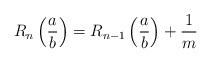
LaTeX: \begin{align*} R_n\left( \frac{a}{b}\right) = R_{n-1}\left( \frac{a}{b}\right) + \frac{1}{m} \end{align*}